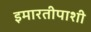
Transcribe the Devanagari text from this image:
इमारतीपाशी